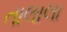
તાલાલા